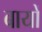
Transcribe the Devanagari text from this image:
बायों